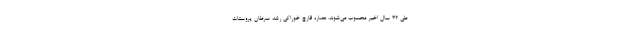
طی 32 سال اخیر محسوب می‌شوند. عصاره قارچ خوراکی رشد سرطان پروستات